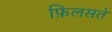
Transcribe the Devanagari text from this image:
फ़िलसते